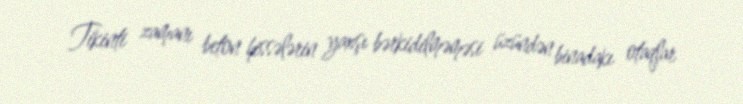
Tikinti zamanı beton hissələrin yaxşı bərkidilməməsi üzündən binadakı otaqlar